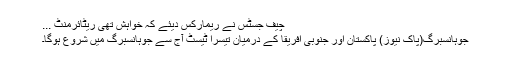
چیف جسٹس نے ریمارکس دیئے کہ خواہش تھی ریٹائرمنٹ ...
جوہانسبرگ(پاک نیوز) پاکستان اور جنوبی افریقا کے درمیان تیسرا ٹیسٹ آج سے جوہانسبرگ میں شروع ہوگا۔